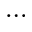
\ldots